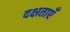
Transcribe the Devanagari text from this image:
दक्षताएँ